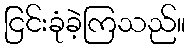
ငြင်းခုံခဲ့ကြသည်။